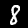
Digit: 8